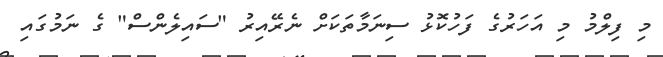
މި ފިލްމު މި އަހަރުގެ ފަހުކޮޅު ސިނަމާތަކަށް ނެރޭއިރު "ސައިލެންސް" ގެ ނަމުގައި